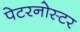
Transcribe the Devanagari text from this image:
पेटरनोस्टर